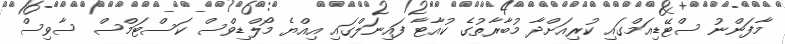
މާފަންނު ސްޓޭޑިއަމްގައި ކުރިއަށްދާ މުބާރާތުގެ ކުއާޓާ ފައިނަލްގައި އިއްޔެ މޯލްޑިވްސް ކަސްޓަމްސް ސާވިސް